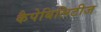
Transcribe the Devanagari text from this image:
कैपेबिलिटीज